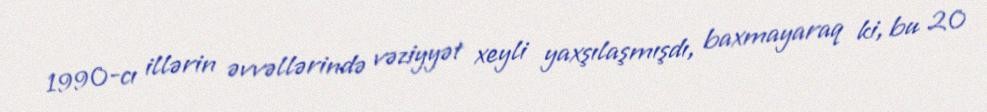
1990-cı illərin əvvəllərində vəziyyət xeyli yaxşılaşmışdı, baxmayaraq ki, bu 20